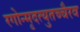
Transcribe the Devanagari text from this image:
रगोन्मृदत्युतच्चैरव